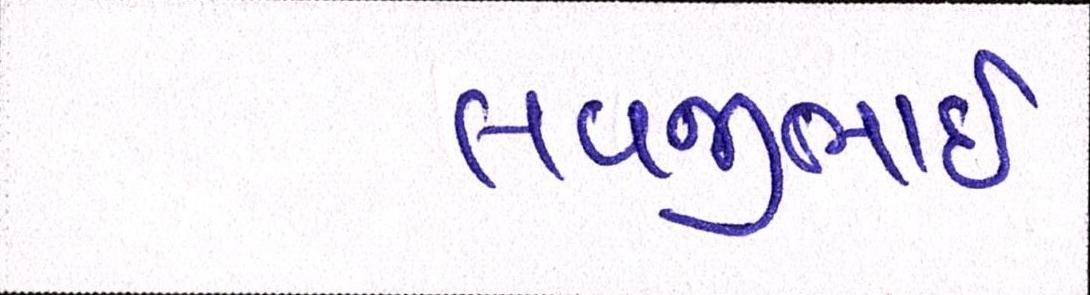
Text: લવજીભાઇ